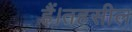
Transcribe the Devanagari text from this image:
हैं।तहसील